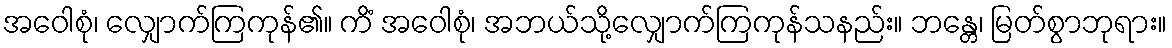
အဝေါစုံ၊ လျှောက်ကြကုန်၏။ ကိံ အဝေါစုံ၊ အဘယ်သို့လျှောက်ကြကုန်သနည်း။ ဘန္တေ၊ မြတ်စွာဘုရား။